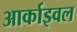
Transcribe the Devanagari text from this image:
आर्काइवल